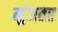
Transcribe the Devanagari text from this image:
मुंजतर